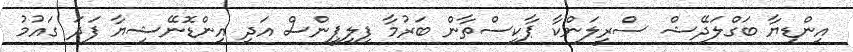
އިންޑިޔާ ބަގްލަދޭޝް ސްރީލަންކާ ޕާކިސްތާން ބަރުމާ ފިލިޕީންސް އަދި އިންޑޮނޭޝިޔާ ފަދަ ގައުމު